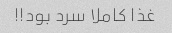
غذا کاملا سرد بود!!